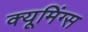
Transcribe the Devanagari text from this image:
क्यूमिंग्स